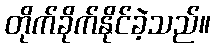
တိုက်ခိုက်နိုင်ခဲ့သည်။